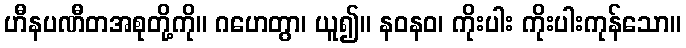
ဟီနပဏီတအစုတို့ကို။ ဂဟေတွာ၊ ယူ၍။ နဝနဝ၊ ကိုးပါး ကိုးပါးကုန်သော။